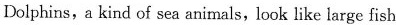
Dolphins, a kind of seaanimals, look like large fish